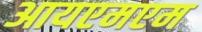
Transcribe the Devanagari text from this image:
आयएमएम